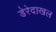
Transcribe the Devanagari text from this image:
डेरेदाखल